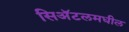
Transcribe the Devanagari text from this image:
सिअॅटलमधील